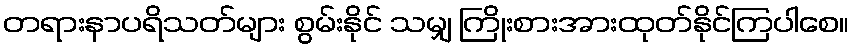
တရားနာပရိသတ်များ စွမ်းနိုင် သမျှ ကြိုးစားအားထုတ်နိုင်ကြပါစေ။